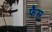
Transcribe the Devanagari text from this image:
फैस